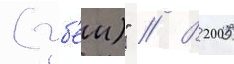
(уб'еи)" // В 2005